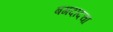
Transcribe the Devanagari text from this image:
बगदादचा